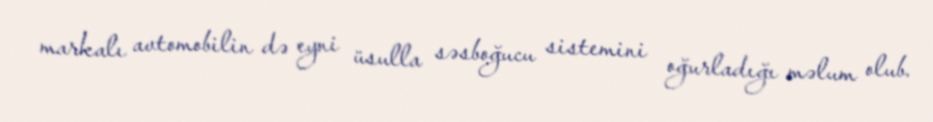
markalı avtomobilin də eyni üsulla səsboğucu sistemini oğurladığı məlum olub.